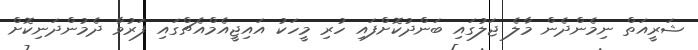
ޝަރީއަތް ނިމެންދެން މާލެ ޖަލުގައި ބަންދުކޮށްފައި ހުރި މީހަކު އައިޖީއެމްއެޗްގައި ފަރުވާ ދެމުންދަނިކޮށް